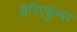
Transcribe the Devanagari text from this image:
वैरिएबुल्स